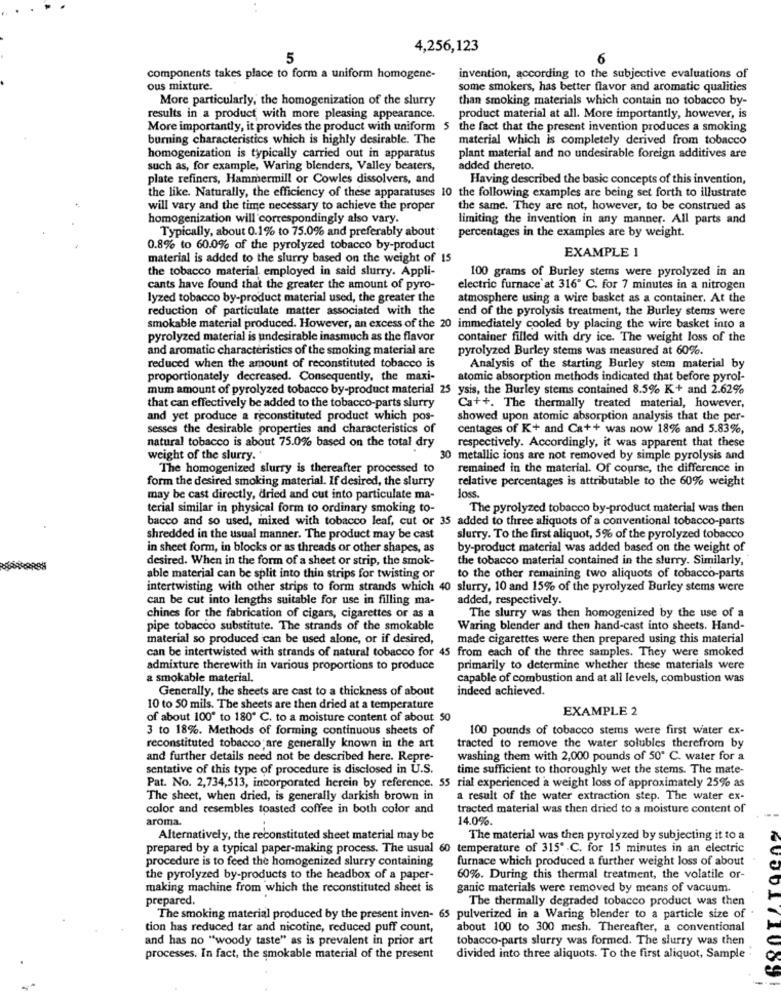
4,256,123
5
6
components takes place to form a uniform homogene-
invention, according to the subjective evaluations of
ous mixture.
some smokers, has better flavor and aromatic qualities
More particularly, the homogenization of the slurry
than smoking materials which contain no tobacco by-
results in a product with more pleasing appearance.
product material at all. More importantly, however, is
More importantly, it provides the product with uniform 5 the fact that the present invention produces a smoking
burning characteristics which is highly desirable. The
material which is completely derived from tobacco
homogenization is typically carried out in apparatus
plant material and no undesirable foreign additives are
such as, for example, Waring blenders, Valley beaters,
added thereto.
plate refiners, Hammermill or Cowles dissolvers, and
Having described the basic concepts of this invention,
the like. Naturally, the efficiency of these apparatuses 10 the following examples are being set forth to illustrate
will vary and the time necessary to achieve the proper
the same. They are not, however, to be construed as
homogenization will correspondingly also vary.
limiting the invention in any manner. All parts and
Typically, about 0.1% to 75.0% and preferably about
percentages in the examples are by weight.
0.8% to 60.0% of the pyrolyzed tobacco by-product
EXAMPLE 1
material is added to the slurry based on the weight of 15
the tobacco material employed in said slurry. Appli-
100 grams of Burley stems were pyrolyzed in an
cants have found that the greater the amount of pyro-
electric furnace at 316" C. for 7 minutes in a nitrogen
lyzed tobacco by-product material used, the greater the
atmosphere using a wire basket as a container. At the
reduction of particulate matter associated with the
end of the pyrolysis treatment, the Burley stems were
smokable material produced. However, an excess of the 20 immediately cooled by placing the wire basket into a
pyrolyzed material is undesirable inasmuch as the flavor
container filled with dry ice. The weight loss of the
and aromatic characteristics of the smoking material are
pyrolyzed Burley stems was measured at 60%.
reduced when the amount of reconstituted tobacco is
Analysis of the starting Burley stem material by
proportionately decreased. Consequently, the maxi-
atomic absorption methods indicated that before pyrol-
mum amount of pyrolyzed tobacco by-product material 25 ysis, the Burley stems contained 8.5% K+ and 2.62%
that can effectively be added to the tobacco-parts slurry
Ca++. The thermally treated material, however,
and yet produce a reconstituted product which pos-
showed upon atomic absorption analysis that the per-
sesses the desirable properties and characteristics of
centages of K+ and Ca++ was now 18% and 5.83%,
natural tobacco is about 75.0% based on the total dry
respectively. Accordingly, it was apparent that these
weight of the slurry.
30 metallic ions are not removed by simple pyrolysis and
The homogenized slurry is thereafter processed to
remained in the material. Of course, the difference in
form the desired smoking material. If desired, the slurry
relative percentages is attributable to the 60% weight
loss.
may be cast directly, dried and cut into particulate ma-
terial similar in physical form to ordinary smoking to-
The pyrolyzed tobacco by-product material was then
bacco and so used, mixed with tobacco leaf, cut or 35 added to three aliquots of a conventional tobacco-parts
shredded in the usual manner. The product may be cast
slurry. To the first aliquot, 5% of the pyrolyzed tobacco
in sheet form, in blocks or as threads or other shapes, as
by-product material was added based on the weight of
desired. When in the form of a sheet or strip, the smok-
the tobacco material contained in the slurry. Similarly,
able material can be split into thin strips for twisting or
to the other remaining two aliquots of tobacco-parts
intertwisting with other strips to form strands which 40 slurry, 10 and 15% of the pyrolyzed Burley stems were
can be cut into lengths suitable for use in filling ma-
added, respectively.
chines for the fabrication of cigars, cigarettes or as a
The slurry was then homogenized by the use of a
pipe tobacco substitute. The strands of the smokable
Waring blender and then hand-cast into sheets. Hand-
material so produced can be used alone, or if desired,
made cigarettes were then prepared using this material
can be intertwisted with strands of natural tobacco for 45 from each of the three samples. They were smoked
admixture therewith in various proportions to produce
primarily to determine whether these materials were
a smokable material,
capable of combustion and at all levels, combustion was
Generally, the sheets are cast to a thickness of about
indeed achieved.
10 to 50 mils. The sheets are then dried at a temperature
EXAMPLE 2
of about 100" to 180º C. to a moisture content of about 50
3 to 18%. Methods of forming continuous sheets of
100 pounds of tobacco stems were first water ex-
reconstituted tobacco are generally known in the art
tracted to remove the water solubles therefrom by
and further details need not be described here. Repre-
washing them with 2,000 pounds of 50" C. water for a
sentative of this type of procedure is disclosed in U.S.
time sufficient to thoroughly wet the stems. The mate-
Pat. No. 2,734,513, incorporated herein by reference. 55 rial experienced a weight loss of approximately 25% as
The sheet, when dried, is generally darkish brown in
a result of the water extraction step. The water ex-
color and resembles toasted coffee in both color and
tracted material was then dried to a moisture content of
aroma.
14.0%.
Alternatively, the reconstituted sheet material may be
The material was then pyrolyzed by subjecting it to a
prepared by a typical paper-making process. The usual 60 temperature of 315" .C. for 15 minutes in an electric
procedure is to feed the homogenized slurry containing
furnace which produced a further weight loss of about
the pyrolyzed by-products to the headbox of a paper-
60%. During this thermal treatment, the volatile or-
making machine from which the reconstituted sheet is
ganic materials were removed by means of vacuum
prepared.
The thermally degraded tobacco product was then
The smoking material produced by the present inven- 65 pulverized in a Waring blender to a particle size of
tion has reduced tar and nicotine, reduced puff count,
about 100 to 300 mesh. Thereafter, a conventional
and has no "woody taste" as is prevalent in prior art
tobacco-parts slurry was formed. The slurry was then
processes. In fact, the smokable material of the present
divided into three aliquots. To the first aliquot, Sample